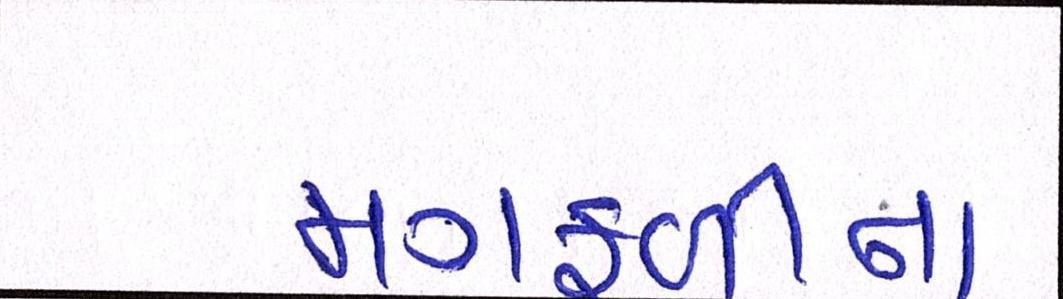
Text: મગફળીના